Bréfritari: Soffía Daníelsdóttir
Viðtakandi: Jakobína Magnúsdóttir og Daníel Halldórsson
Dagsetning: A-1903-02-20
Skrifað á: Skeggjastöðum  N-Múl.
Soffía var dóttir Jakobínu og Daníels

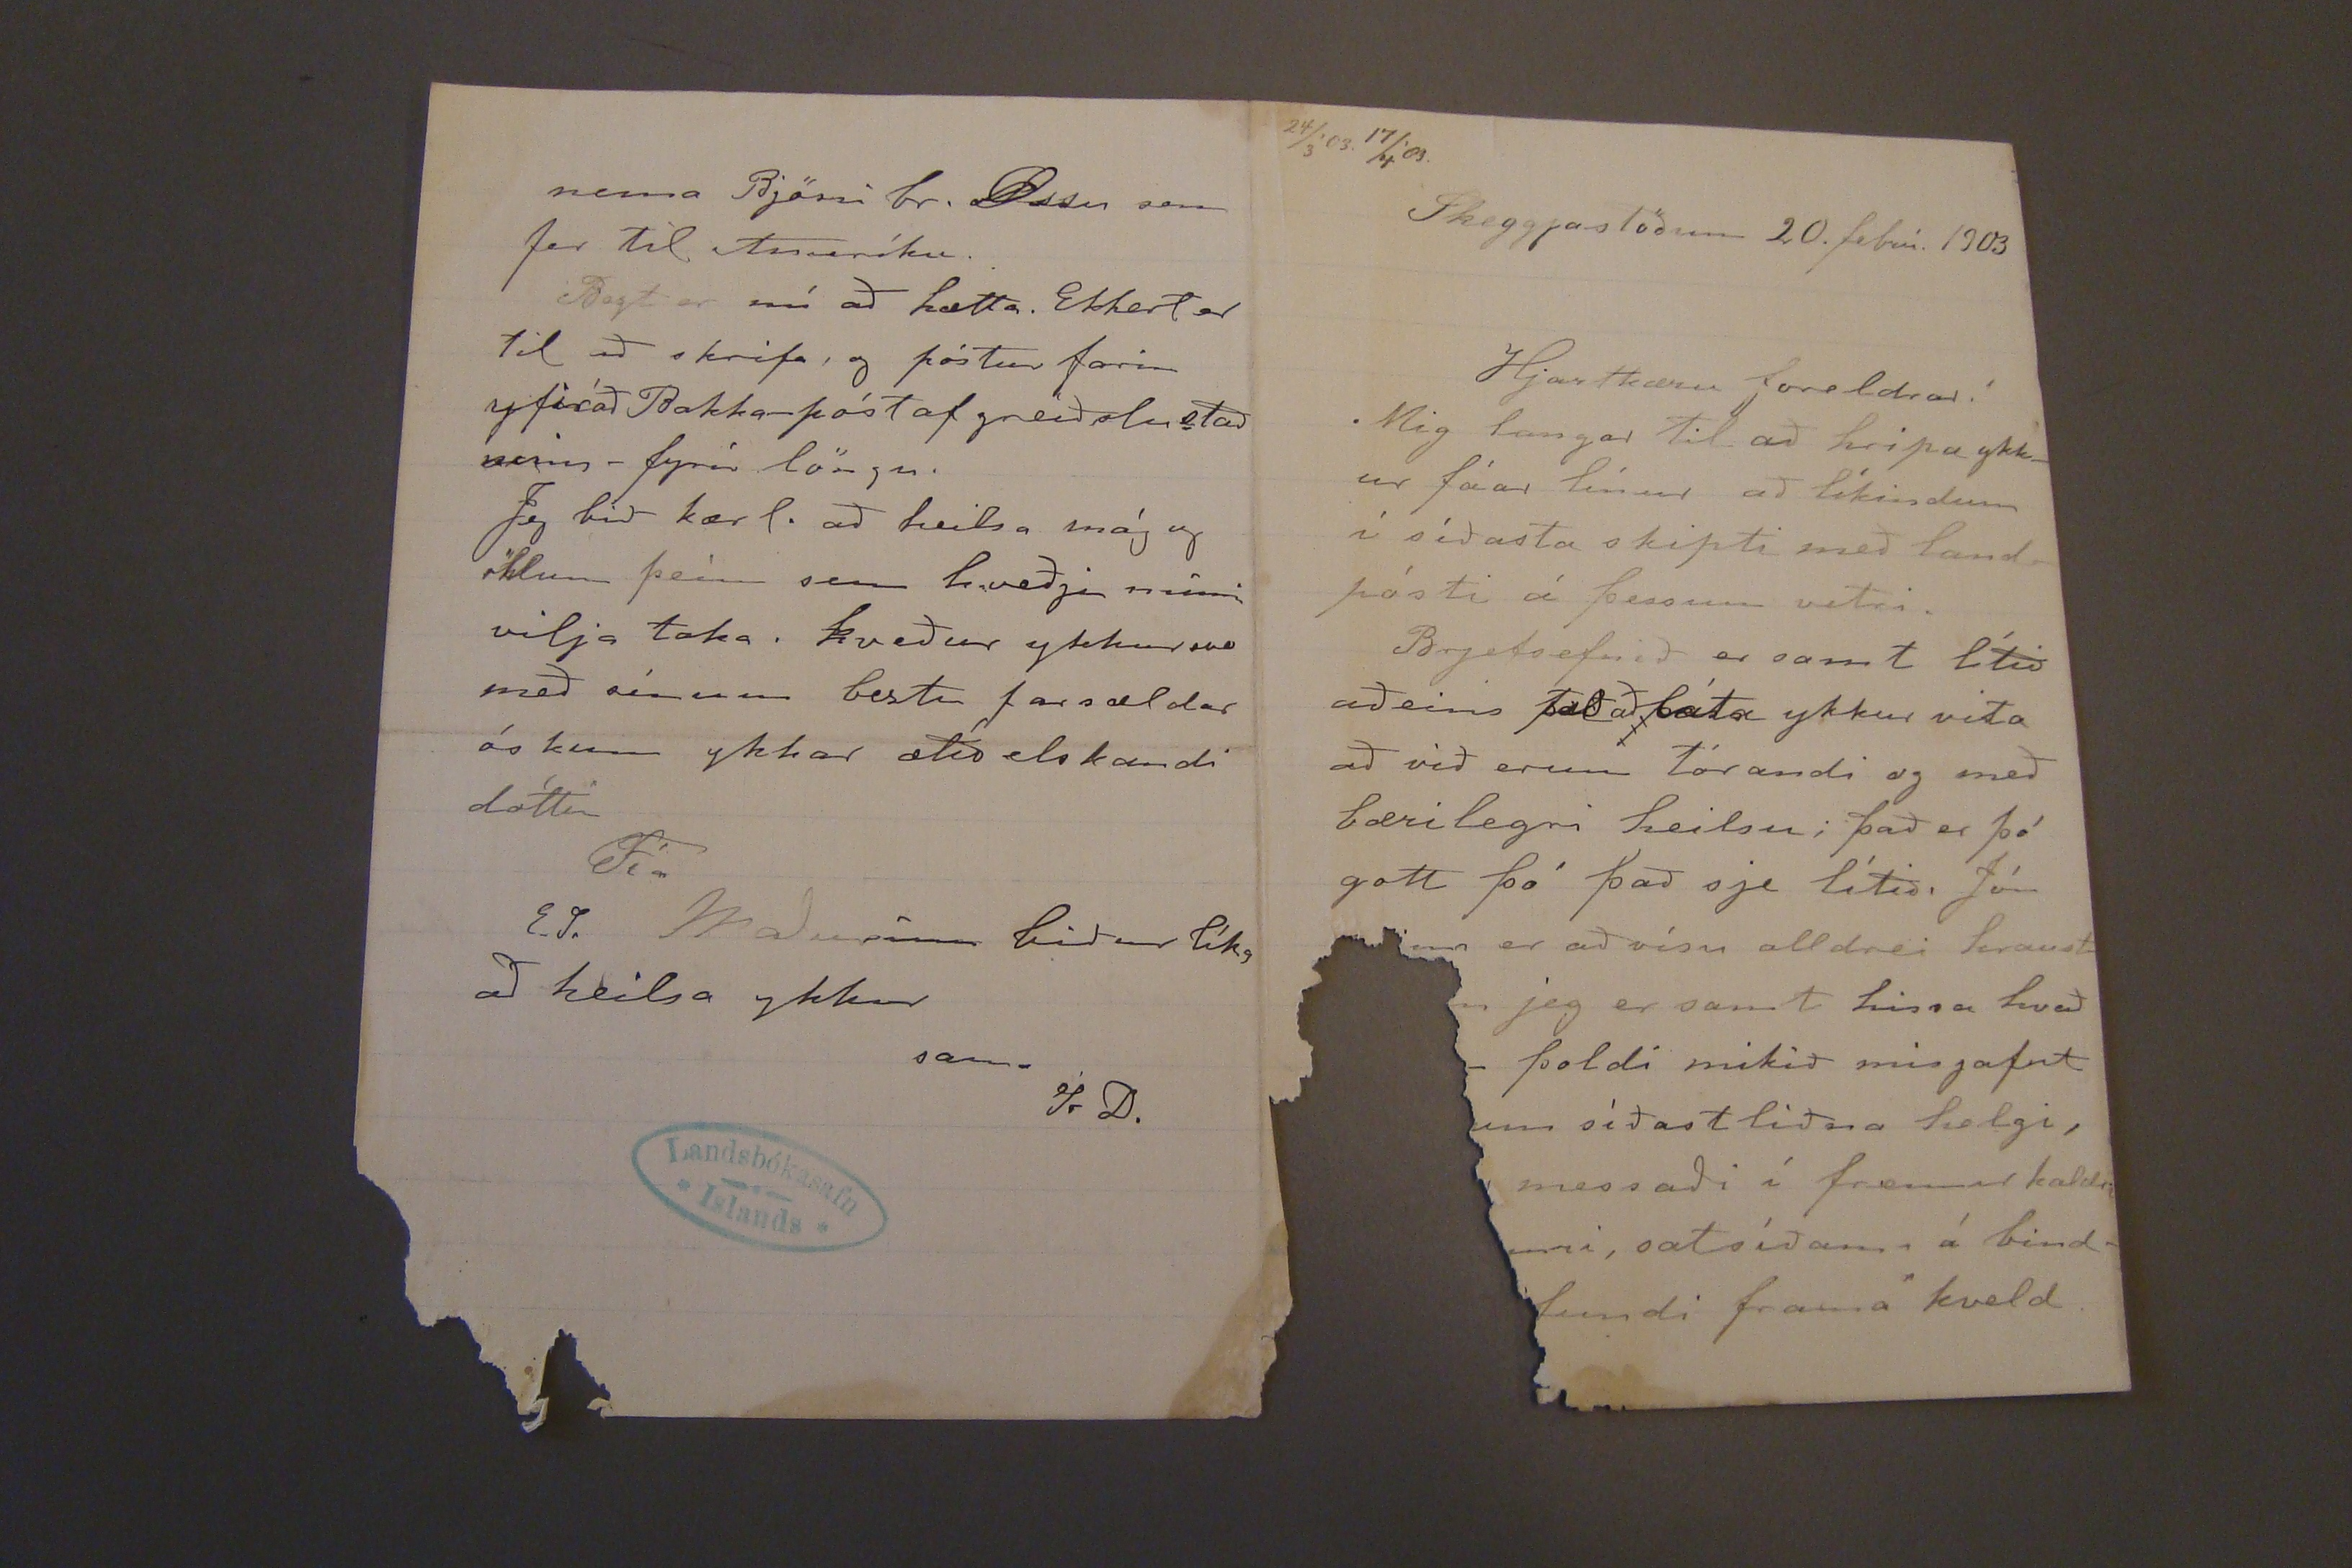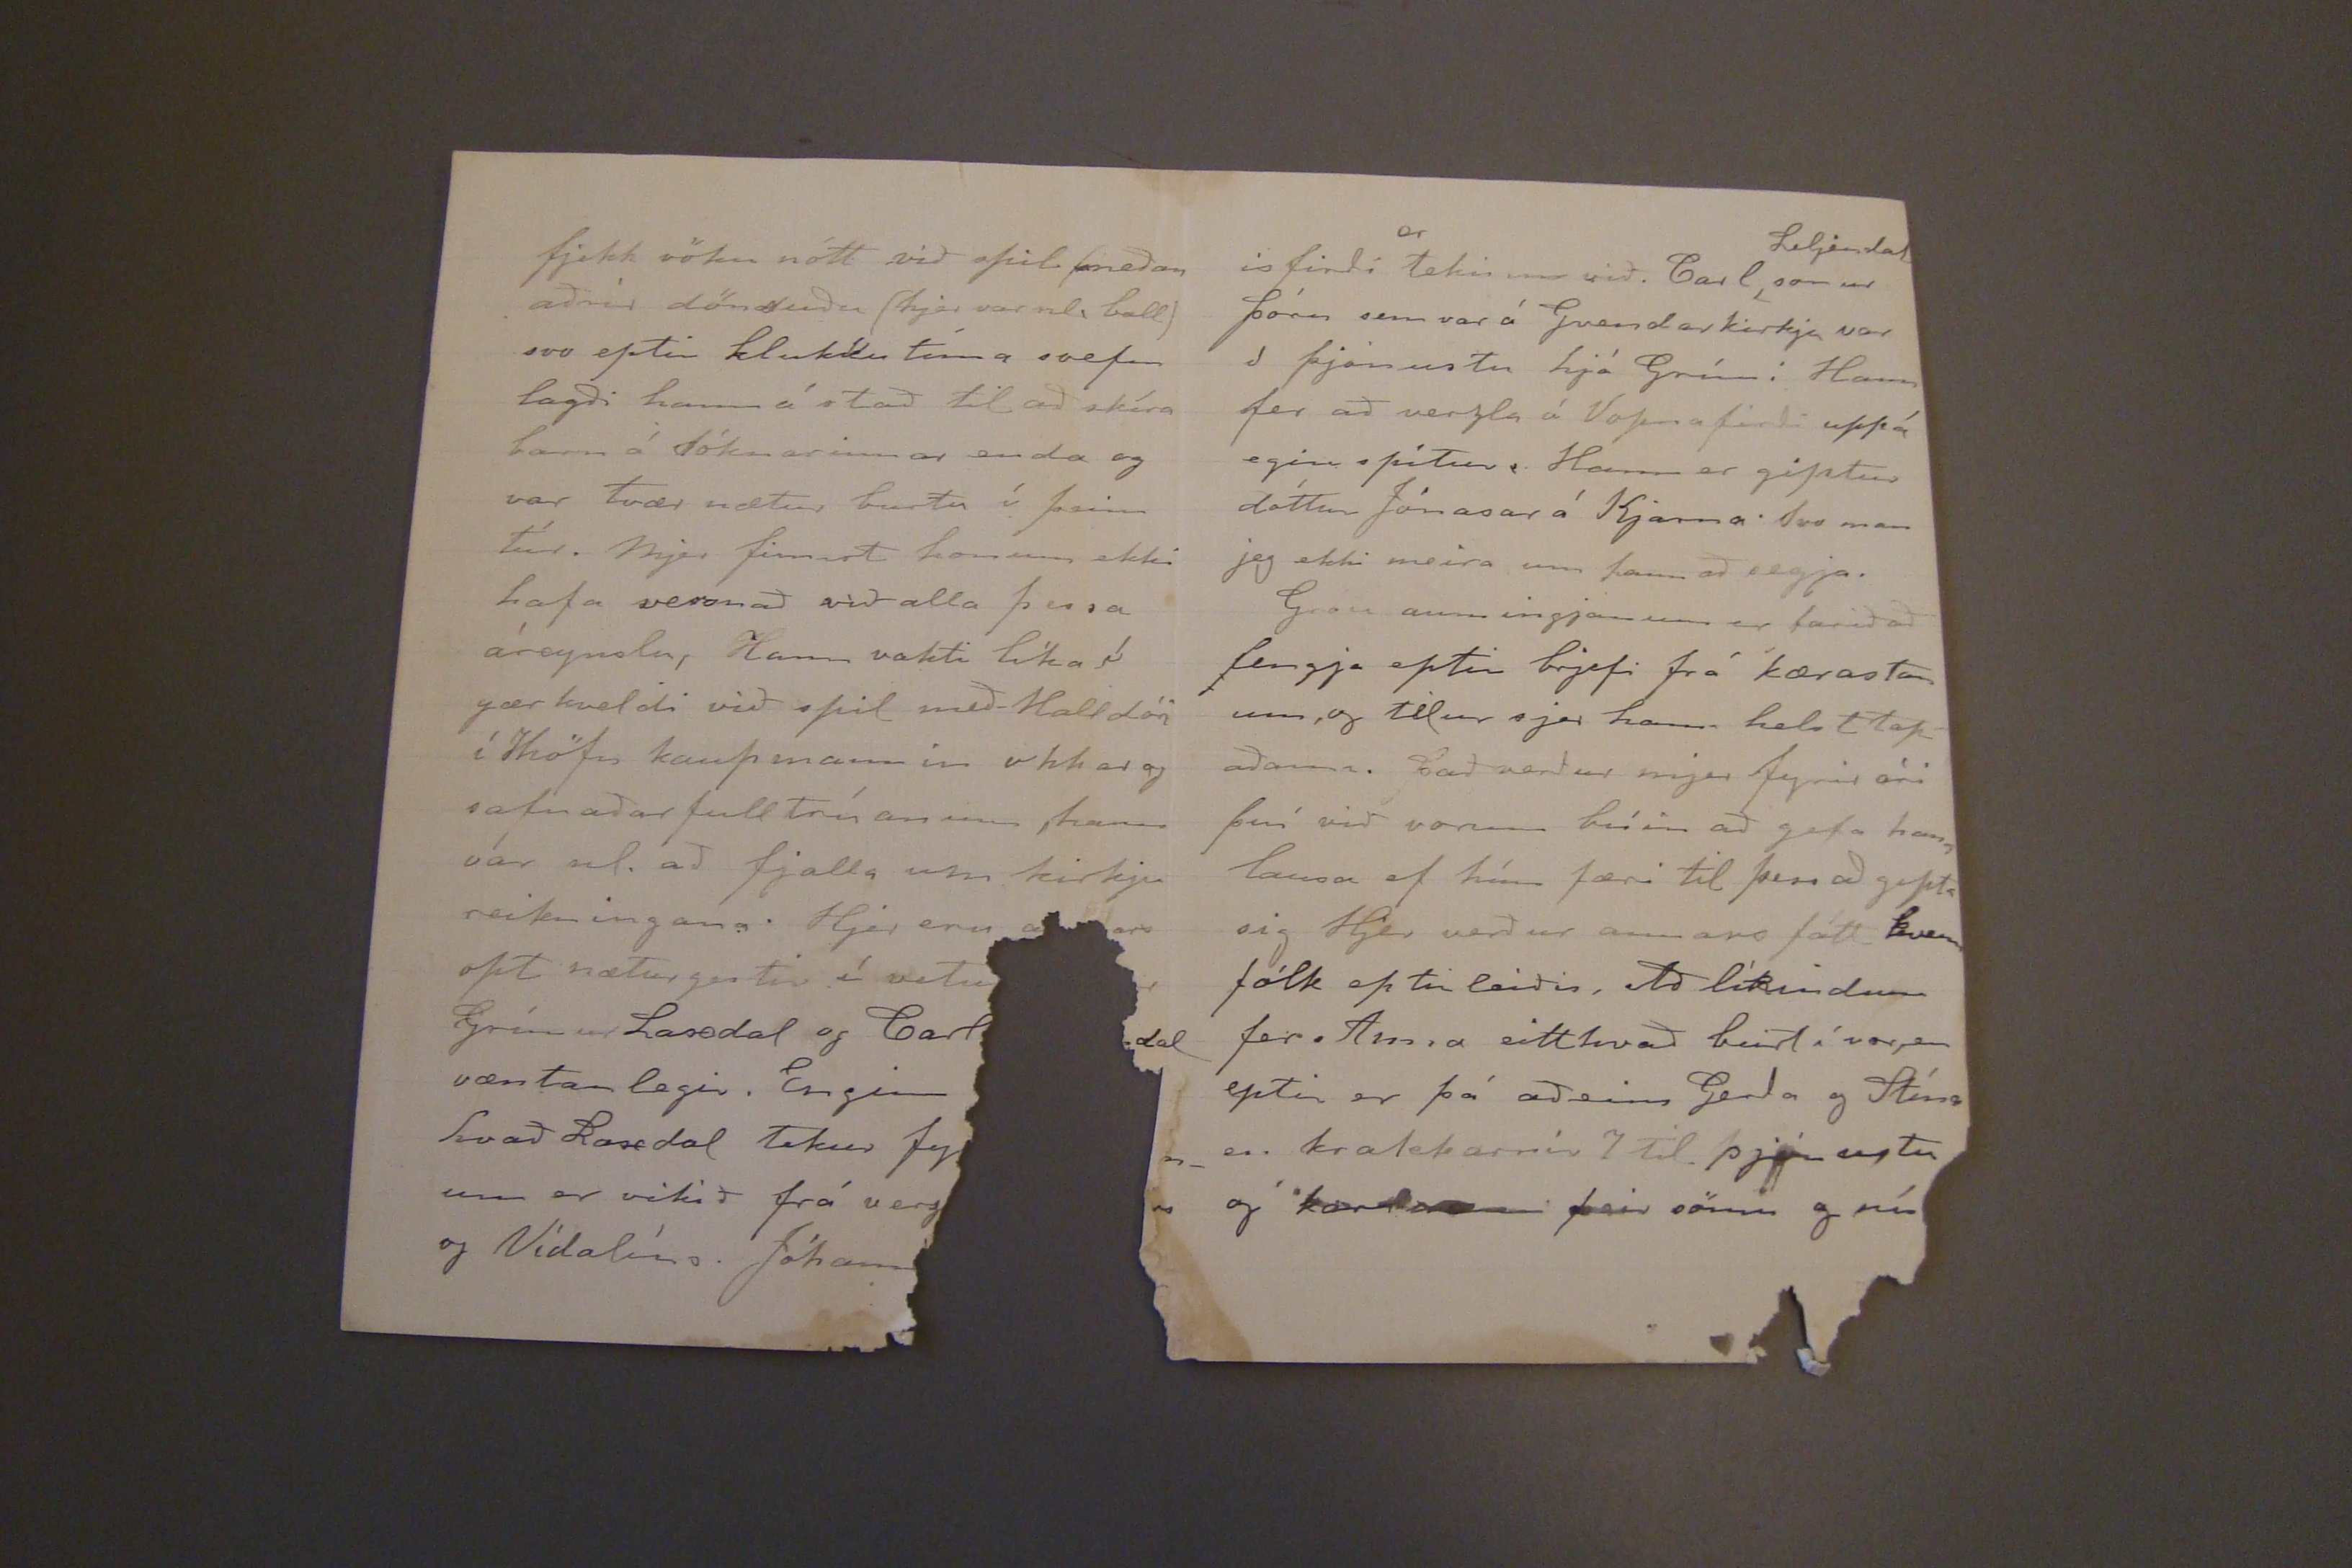

24/3'03. 17/4'03.
Skeggjastöðum 20. febrúar 1903.
Hjartkæru foreldrar!
Mig langar til að hripa ykkur fáar línur að líkindum í síðasta skipti með landpósti á þessum vetri.
Brjefsenfið er samt lítið aðeins það að láta ykkur vita að við erum tórandi og með bærilegri heilsu; það er þó gott þó það sje lítið, Jón
nn er að vísu alldrei hraust
jeg er samt hissa hvað
þoldi mikið misjafnt
um síðastliðna helgi,
messaði í fermur kaldir
nni, sat síðann á bind-
fundi framá kveld
fjekk vöku nótt við aþil (meðan aðrír dönsuðu (hjer var nl. ball) svo eptir klukkutíma svefn lagði hann á stað til að skíra barn á sóknarinar enda og var tvær nætur burtu í þeim túr. Mjer finnst honum ekki hafa versnað við alla þessa áreynslu, Hann vakti líka í gær kveldi við spil með Halldóri í Höfn kaupmannin okkar og safnaðar fulltrúanum, hann var n. að fjalla um kirkju reikningana. Hjer eru
opt nætur gestir í vetur
Grímur Laxdal og Carl
dal væntanlegir. Enginn
hvað Laxdal Tekur fy
um er vikið frá verg
og Vídalíns. Jóhann
nema BJössi br. Ossu sem fer til Ameríku.
Bágt er nú að hætta. Ekkert er til að skrifa, og póstur farin yfirað Bakka-póst af greiðslu stað urin- fyrir löngu.
Jeg bið kærl. að heilsa mág og öllum þeím sem hveðju minni vilja taka. kveður ykkar svo með sínum beztu farsældar óskum ykkar ætíð elskandi dóttir
Fía
E.S. Maðurinn biður líka að heilsa ykkur
sama
Sr D.
isfirði
er
tekinn við. Carl
Liljendal
sonur þóru sem var á Gvendarkirkju var í þjónustu hjá Grími Hann fer að verzla á Vopnafirði upá eginspítur. Hann er giptur dóttur Jónasar á Kjarna Svo man jeg ekki meira um hann að segja.
Gróu aumingjanum er farið að lengja eptir brjefi frá kærastan um, og telur sjer hann helst tapaðann. það verður mjer fyrir óri því við vorum búin að gefa hana lausa ef hún færi til þess að gipta sig Hjer verður annars fátt kvennfólk eptir leiðis, Að líkindum fer Anna eitthvað burt í vor, en eptir er þá aðeins Gerða og Stína en krakkarnir 7 til þjónustu og karlarnir þeir sömu og nú